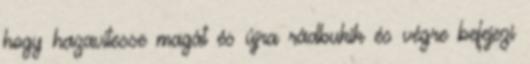
hogy hazavitesse magát és újra rádbukik és végre befejezi